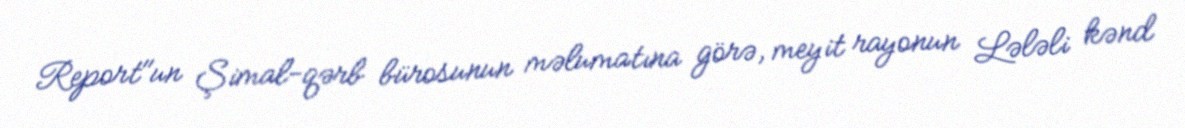
Report"un Şimal-qərb bürosunun məlumatına görə, meyit rayonun Lələli kənd